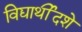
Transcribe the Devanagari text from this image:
विद्यार्थीदशे